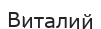
Виталий